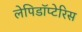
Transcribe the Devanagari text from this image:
लेपिडॉप्टेरिस